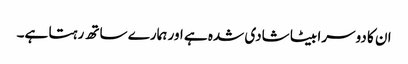
ان کا دوسرا بیٹا شادی شدہ ہے اور ہمارے ساتھ رہتا ہے۔